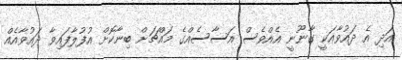
އަދި އެ ދައުވާއަކީ ގާނޫނީ އެއްވެސް އަސާސެއްގެ މައްޗަށް ބިނާކޮށް އުފުލާފައިވާ ދައުވާއެއް